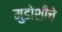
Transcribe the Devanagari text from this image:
मुडोशीचे